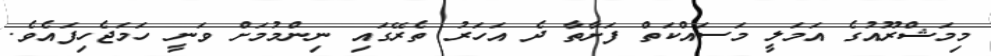
މިމަޝްރޫއުގެ އަމަލީ މަސައްކަތް ފަށާތާ ދެ އަހަރު ތެރޭގައި ނިންމުމަށް ވަނީ ހަމަޖެހިފައެވެ.